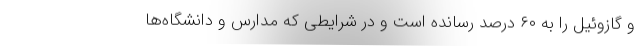
و گازوئیل را به ۶۰ درصد رسانده است و در شرایطی که مدارس و دانشگاه‌ها